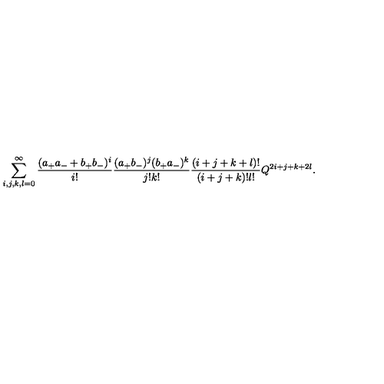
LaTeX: \sum _ { i , j , k , l = 0 } ^ { \infty } \frac { ( a _ { + } a _ { - } + b _ { + } b _ { - } ) ^ { i } } { i ! } \frac { ( a _ { + } b _ { - } ) ^ { j } ( b _ { + } a _ { - } ) ^ { k } } { j ! k ! } \frac { ( i + j + k + l ) ! } { ( i + j + k ) ! l ! } Q ^ { 2 i + j + k + 2 l } .